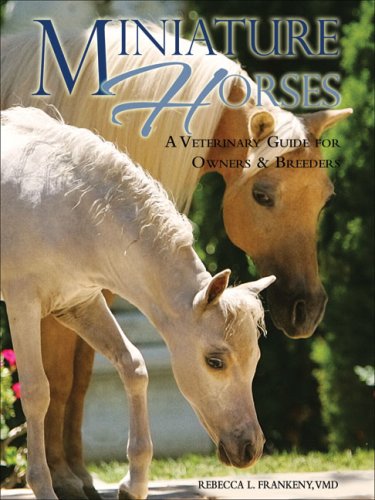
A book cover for Miniature Horses: A Veterinary Guide for Owners & Breeders; Rebecca L. Frankeny VMD; Medical Books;